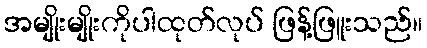
အမျိုးမျိုးကိုပါထုတ်လုပ် ဖြန့်ဖြူးသည်။